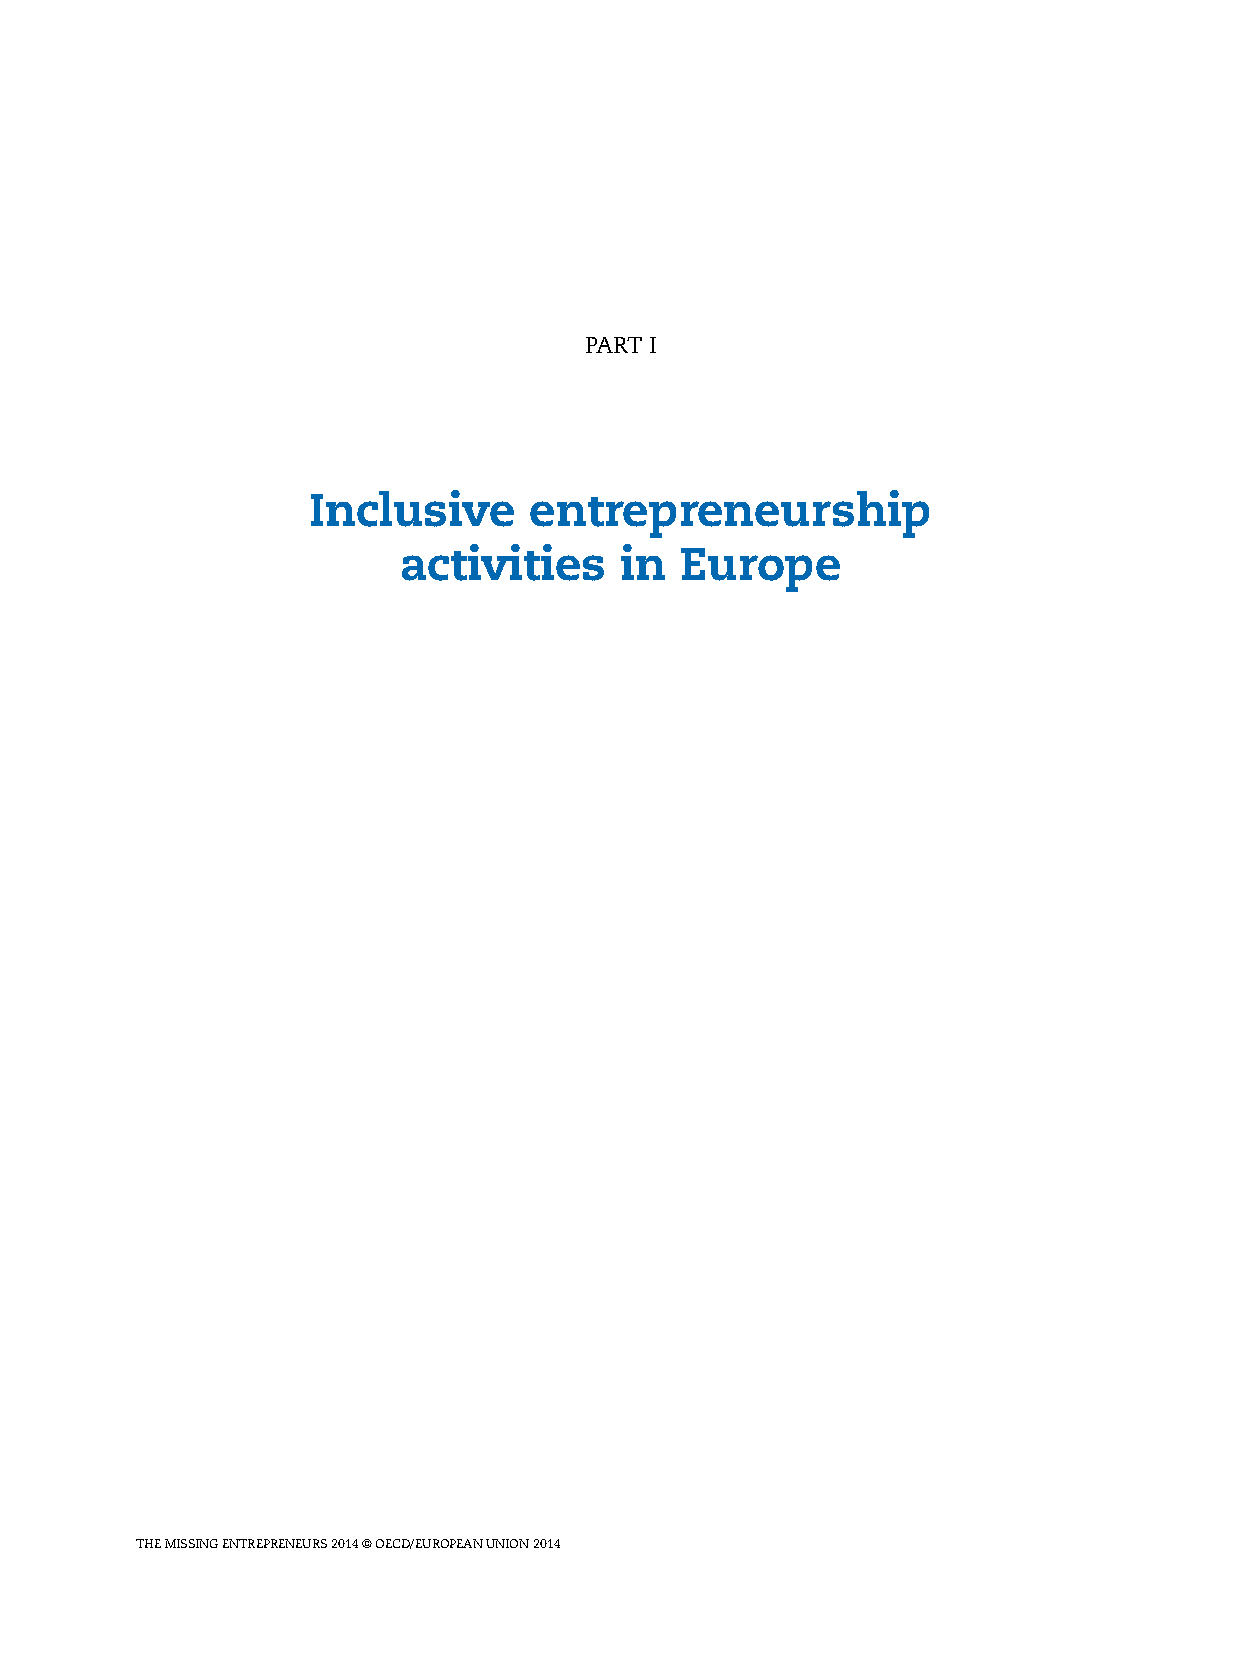
pART I
 Inclusive      entrepreneurship
 activities     in  Europe
 ThE MIssING ENTREpRENEURs 2014 © OECD/EUROpEAN UNION 2014